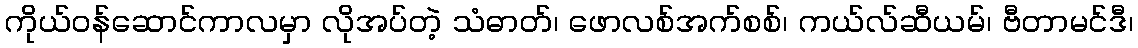
ကိုယ်ဝန်ဆောင်ကာလမှာ လိုအပ်တဲ့ သံဓာတ်၊ ဖောလစ်အက်စစ်၊ ကယ်လ်ဆီယမ်၊ ဗီတာမင်ဒီ၊